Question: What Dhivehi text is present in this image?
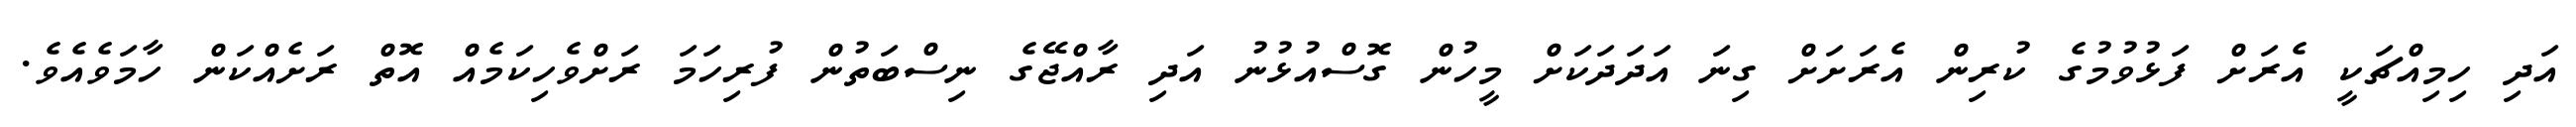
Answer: އަދި ހިމިއްޗަކީ އެރަށް ފަޅުވުމުގެ ކުރިން އެރަށަށް ގިނަ އަދަދަކަށް މީހުން ގޮސްއުޅުނު އަދި ރާއްޖޭގެ ނިސްބަތުން ފުރިހަމަ ރަށްވެހިކަމެއް އޮތް ރަށެއްކަން ހާމަވެއެވެ.